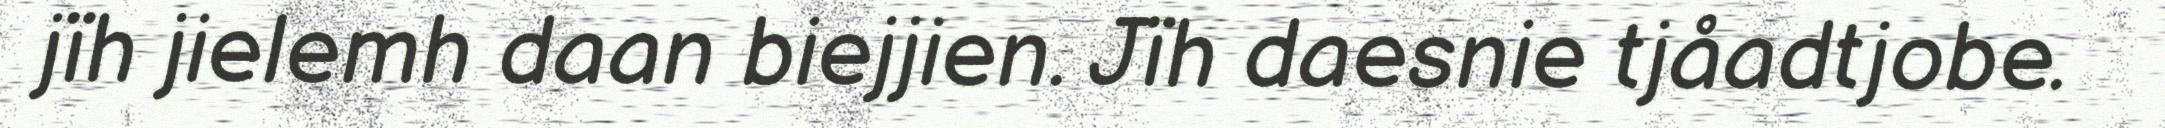
jïh jielemh daan biejjien. Jïh daesnie tjåadtjobe.